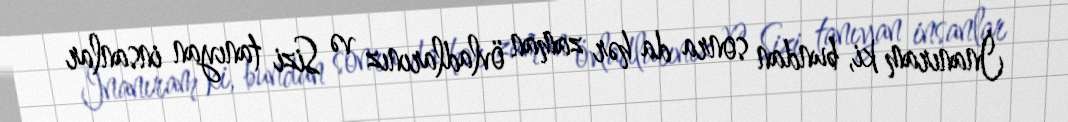
İnanıram ki, bundan sonra da hər zaman övladlarınız və Sizi tanıyan insanlar